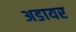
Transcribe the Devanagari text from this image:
अडायर